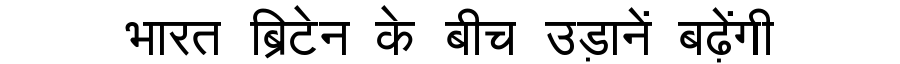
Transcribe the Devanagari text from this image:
भारत ब्रिटेन के बीच उड़ानें बढ़ेंगी